King Institute of Preventive Medicine Micro-Biological Section reports 1912-19
Year: 1912
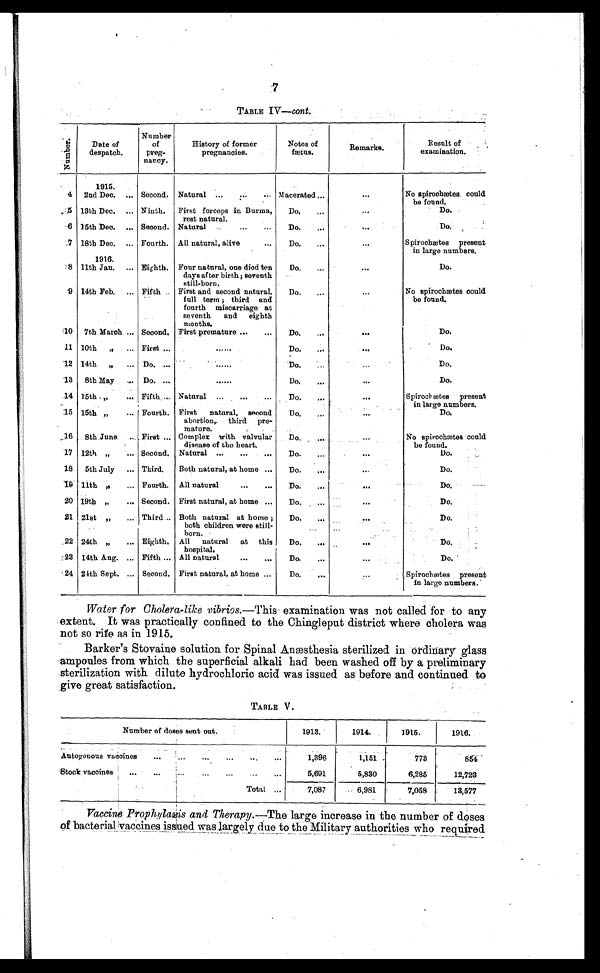
7
TABLE IV— cont.
N u m b e r .
Date of
despatch.
Number
of
preg-
nancy.
History of former
pregnancies.
Notes of
fætus.
Remarks.
Result of
examination.
1915.
4
2nd Dec. . . . Second. Natural . . . Macerated . . .
. . .
No spirochætes could
be found.
5 13th Dec. . . . Ninth.
First forceps in Burma,
rest natural.
Do. . . .
. . .
Do.
6 15th Dec. . . . Second. Natural . . .
Do. . . .
. . .
Do.
7 18th Dec. . . . Fourth. All natural, alive
D o . . . .
. . .
Spirochætes present
in large numbers.
1916.
8 11th Jan. . . . Eighth. Four natural, one died ten
days after birth ; seventh
still-born.
Do. . . .
. . .
Do.
9 14th Feb. . . . Fifth . . . First and second natural,
full term ; third and
fourth miscarriage at
seventh and eighth
months.
Do. . . .
. . .
No spirochætes could
be found.
Do.
10
7th March . . . Second. First premature . . .
Do. . . .
. . .
11 10th " . . . First . . .
. . .
Do.
. . .
Do.
12 14th " . . . Do. . . .
. . .
Do. . . .
. . .
Do.
13
8th May . . . Do. . . .
. . .
Do. . . .
. . .
Do.
14 15th " . . . Fifth . . . Natural . . .
Do.
. . .
Spirochætes present
in large numbers.
15 15th " . . . Fourth. First natural, second
abortion, third pre -
mature.
Do. . . .
. . .
D o .
16
8th June . . . First . . . Complex with valvular
disease of the heart.
Do. . . .
. . . No spirochætes could
be found.
17 12th " . . . Second. Natural . . .
Do. . . . . . .
. . .
Do.
18
5th July . . . Third.
Both natural, at home . . .
Do. . . .
. . .
Do.
19 11th " . . . Fourth. All natural . . .
D o . . . .
. . .
Do.
20 19th " . . . Second. First natural, at home . . .
Do. . . .
. . .
Do.
21 21st " . . . Third . . . Both natural at home ;
both children were still
-born.
Do. . . .
. . .
Do.
22 24th " . . . Eighth. All natural at this
hospital.
Do. . . .
. . .
Do.
23 14th Aug. . . . Fifth . . . All natural . . .
D o . . . .
. . .
Do.
24 24th Sept. . . . Second. First natural, at home . . .
Do. . . . . . .
Spirochætes present
in large numbers.
Water for Cholera-like vibrios .—This examination was not called for to any
extent. It was practically confined to the Chingleput district where cholera was
not so rife as in 1915.
Barker's Stovaine solution for Spinal Anæsthesia sterilized in ordinary glass
ampoules from which the superficial alkali had been washed off by a preliminary
sterilization with dilute hydrochloric acid was issued as before and continued to
give great satisfaction.
TABLE V .
Number of doses sent out.
1913.
1914.
1915.
1916.
Autogenous vaccines . . .
1,396
1,151
773
854
Stock vaccines . . .
5,691
5,830
6,285
12,723
Total . . .
7,087
6,981
7,058
13,577
Vaccine Prophylaæis and Therapy.— The large increase in the number of doses
of bacterial vaccines issued was largely due to the Military authorities who required